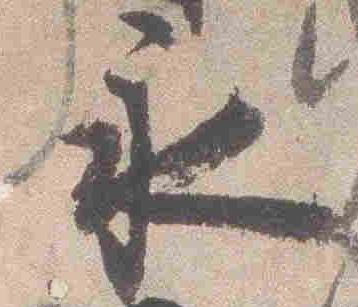
永